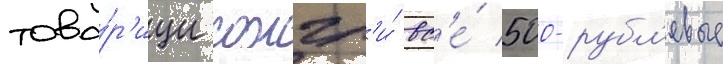
това́р'ищи сожгл'и́ вс'е́ 500-рубл'евые